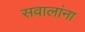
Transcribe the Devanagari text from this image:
सवालांना